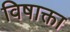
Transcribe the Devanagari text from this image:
विषाक्ता